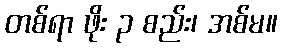
တစ်ရာ ဖိုး ၃ စည်း၊ အစ်မ။